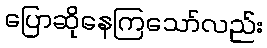
ပြောဆိုနေကြသော်လည်း